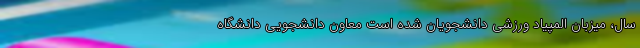
سال، میزبان المپیاد ورزشی دانشجویان شده است معاون دانشجویی دانشگاه